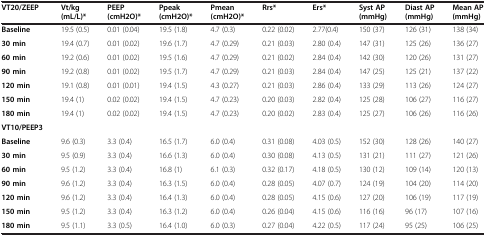
<table><thead><tr><td><b>VT20/ZEEP</b></td><td><b>Vt/kg (mL/L)*</b></td><td><b>PEEP (cmH2O)*</b></td><td><b>Ppeak (cmH2O)*</b></td><td><b>Pmean (cmH2O)*</b></td><td><b>Rrs*</b></td><td><b>Ers*</b></td><td><b>Syst AP(mmHg)</b></td><td><b>Diast AP (mmHg)</b></td><td><b>Mean AP (mmHg)</b></td></tr></thead><tbody><tr><td><b>Baseline</b></td><td>19.5 (0.5)</td><td>0.01 (0.04)</td><td>19.5 (1.8)</td><td>4.7 (0.3)</td><td>0.22 (0.02)</td><td>2.77(0.4)</td><td>150 (37)</td><td>126 (31)</td><td>138 (34)</td></tr><tr><td><b>30 min</b></td><td>19.4 (0.7)</td><td>0.01 (0.02)</td><td>19.6 (1.7)</td><td>4.7 (0.29)</td><td>0.21 (0.03)</td><td>2.80 (0.4)</td><td>147 (31)</td><td>125 (26)</td><td>136 (27)</td></tr><tr><td><b>60 min</b></td><td>19.2 (0.6)</td><td>0.01 (0.02)</td><td>19.5 (1.6)</td><td>4.7 (0.29)</td><td>0.21 (0.02)</td><td>2.84 (0.4)</td><td>142 (30)</td><td>120 (26)</td><td>131 (27)</td></tr><tr><td><b>90 min</b></td><td>19.2 (0.8)</td><td>0.01 (0.02)</td><td>19.5 (1.7)</td><td>4.7 (0.29)</td><td>0.21 (0.03)</td><td>2.84 (0.4)</td><td>147 (25)</td><td>125 (21)</td><td>137 (22)</td></tr><tr><td><b>120 min</b></td><td>19.1 (0.8)</td><td>0.01 (0.01)</td><td>19.4 (1.5)</td><td>4.3 (0.27)</td><td>0.21 (0.03)</td><td>2.86 (0.4)</td><td>133 (29)</td><td>113 (26)</td><td>124 (27)</td></tr><tr><td><b>150 min</b></td><td>19.4 (1)</td><td>0.02 (0.02)</td><td>19.4 (1.5)</td><td>4.7 (0.23)</td><td>0.20 (0.03)</td><td>2.82 (0.4)</td><td>125 (28)</td><td>106 (27)</td><td>116 (27)</td></tr><tr><td><b>180 min</b></td><td>19.4 (1)</td><td>0.02 (0.02)</td><td>19.4 (1.5)</td><td>4.7 (0.23)</td><td>0.20 (0.02)</td><td>2.83 (0.4)</td><td>125 (27)</td><td>106 (26)</td><td>116 (26)</td></tr><tr><td><b>VT10/PEEP3</b></td><td></td><td></td><td></td><td></td><td></td><td></td><td></td><td></td><td></td></tr><tr><td><b>Baseline</b></td><td>9.6 (0.3)</td><td>3.3 (0.4)</td><td>16.5 (1.7)</td><td>6.0 (0.4)</td><td>0.31 (0.08)</td><td>4.03 (0.5)</td><td>152 (30)</td><td>128 (26)</td><td>140 (27)</td></tr><tr><td><b>30 min</b></td><td>9.5 (0.9)</td><td>3.3 (0.4)</td><td>16.6 (1.3)</td><td>6.0 (0.4)</td><td>0.30 (0.08)</td><td>4.13 (0.5)</td><td>131 (21)</td><td>111 (27)</td><td>121 (26)</td></tr><tr><td><b>60 min</b></td><td>9.5 (1.2)</td><td>3.3 (0.4)</td><td>16.8 (1)</td><td>6.1 (0.3)</td><td>0.32 (0.17)</td><td>4.18 (0.5)</td><td>130 (12)</td><td>109 (14)</td><td>120 (13)</td></tr><tr><td><b>90 min</b></td><td>9.6 (1.2)</td><td>3.3 (0.4)</td><td>16.3 (1.5)</td><td>6.0 (0.4)</td><td>0.28 (0.05)</td><td>4.07 (0.7)</td><td>124 (19)</td><td>104 (20)</td><td>114 (20)</td></tr><tr><td><b>120 min</b></td><td>9.6 (1.2)</td><td>3.3 (0.4)</td><td>16.4 (1.3)</td><td>6.0 (0.4)</td><td>0.28 (0.05)</td><td>4.15 (0.6)</td><td>127 (20)</td><td>106 (19)</td><td>117 (19)</td></tr><tr><td><b>150 min</b></td><td>9.5 (1.2)</td><td>3.3 (0.4)</td><td>16.3 (1.2)</td><td>6.0 (0.4)</td><td>0.26 (0.04)</td><td>4.15 (0.6)</td><td>116 (16)</td><td>96 (17)</td><td>107 (16)</td></tr><tr><td><b>180 min</b></td><td>9.5 (1.1)</td><td>3.3 (0.5)</td><td>16.4 (1.0)</td><td>6.0 (0.3)</td><td>0.27 (0.04)</td><td>4.22 (0.5)</td><td>117 (24)</td><td>95 (25)</td><td>106 (25)</td></tr></tbody></table>